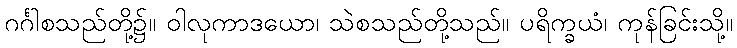
ဂင်္ဂါစသည်တို့၌။ ဝါလုကာဒယော၊ သဲစသည်တို့သည်။ ပရိက္ခယံ၊ ကုန်ခြင်းသို့။